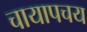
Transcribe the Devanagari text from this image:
चायापचय